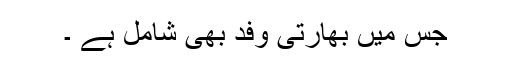
جس میں بھارتی وفد بھی شامل ہے ۔